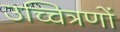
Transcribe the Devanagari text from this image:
उच्चित्रणों